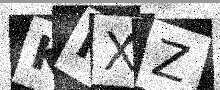
Text: KMXZ